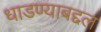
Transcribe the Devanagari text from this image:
धाडण्याबद्दल